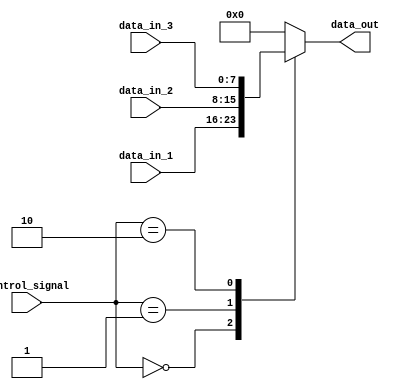
module io_switch (
    input [7:0] data_in_1,
    input [7:0] data_in_2,
    input [7:0] data_in_3,
    input [1:0] control_signal,
    output reg [7:0] data_out
);

always @(*)
begin
    case(control_signal)
        2'b00: data_out = data_in_1; //select data_in_1
        2'b01: data_out = data_in_2; //select data_in_2
        2'b10: data_out = data_in_3; //select data_in_3
        default: data_out = 8'd0; //default value
    endcase
end

endmodule